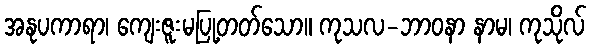
အနုပကာရာ၊ ကျေးဇူးမပြု့တတ်သော။ ကုသလ-ဘာဝနာ နာမ၊ ကုသိုလ်